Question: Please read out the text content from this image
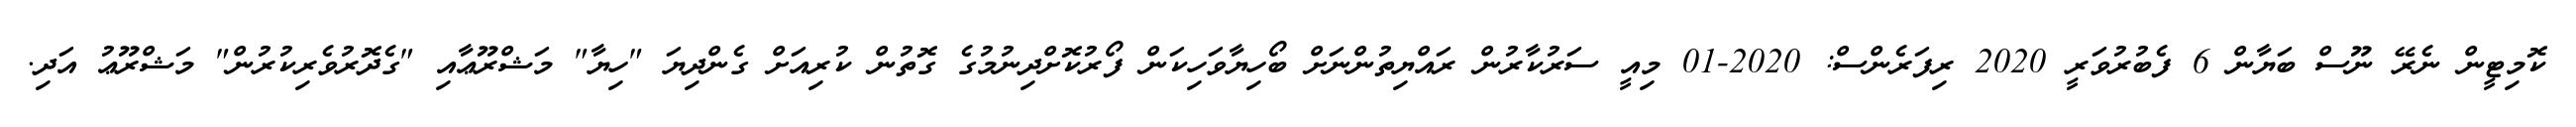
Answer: ކޮމިޓީން ނެރޭ ނޫސް ބަޔާން 6 ފެބުރުވަރީ 2020 ރިފަރެންސް: 2020-01 މިއީ ސަރުކާރުން ރައްޔިތުންނަށް ބޯހިޔާވަހިކަން ފޯރުކޮށްދިނުމުގެ ގޮތުން ކުރިއަށް ގެންދިޔަ "ހިޔާ" މަޝްރޫޢާއި "ގެދޮރުވެރިކުރުން" މަޝްރޫޢު އަދި.